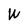
Character: W